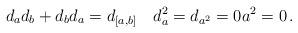
LaTeX: \begin{align*}d_ad_b+d_bd_a=d_{[a,b]}\quad d_a^2=d_{a^2}=0 a^2=0\,.\end{align*}